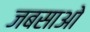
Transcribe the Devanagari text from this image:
जबसाओ